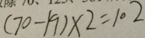
( 7 0 - 1 9 ) \times 2 = 1 0 2